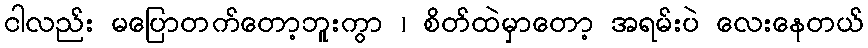
ငါလည်း မပြောတက်တော့ဘူးကွာ ၊ စိတ်ထဲမှာတော့ အရမ်းပဲ လေးနေတယ်